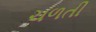
ચળતી